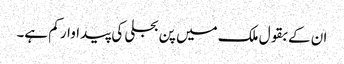
ان کے بقول ملک میں پن بجلی کی پیداوار کم ہے۔